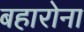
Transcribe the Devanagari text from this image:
बहारोना